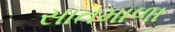
સાતમાળા